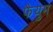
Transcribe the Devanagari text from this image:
फैयुम